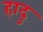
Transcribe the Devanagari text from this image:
हादु